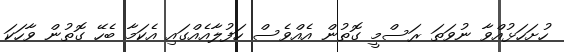
ހުށަހަޅުއްވާ ނުވަތަ ރަސްމީ ގޮތުން އެއްވެސް ހަފުލާއެއްގައި އެކަމާ ބެހޭ ގޮތުން ވާހަކަ